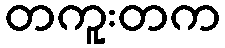
တကူးတက